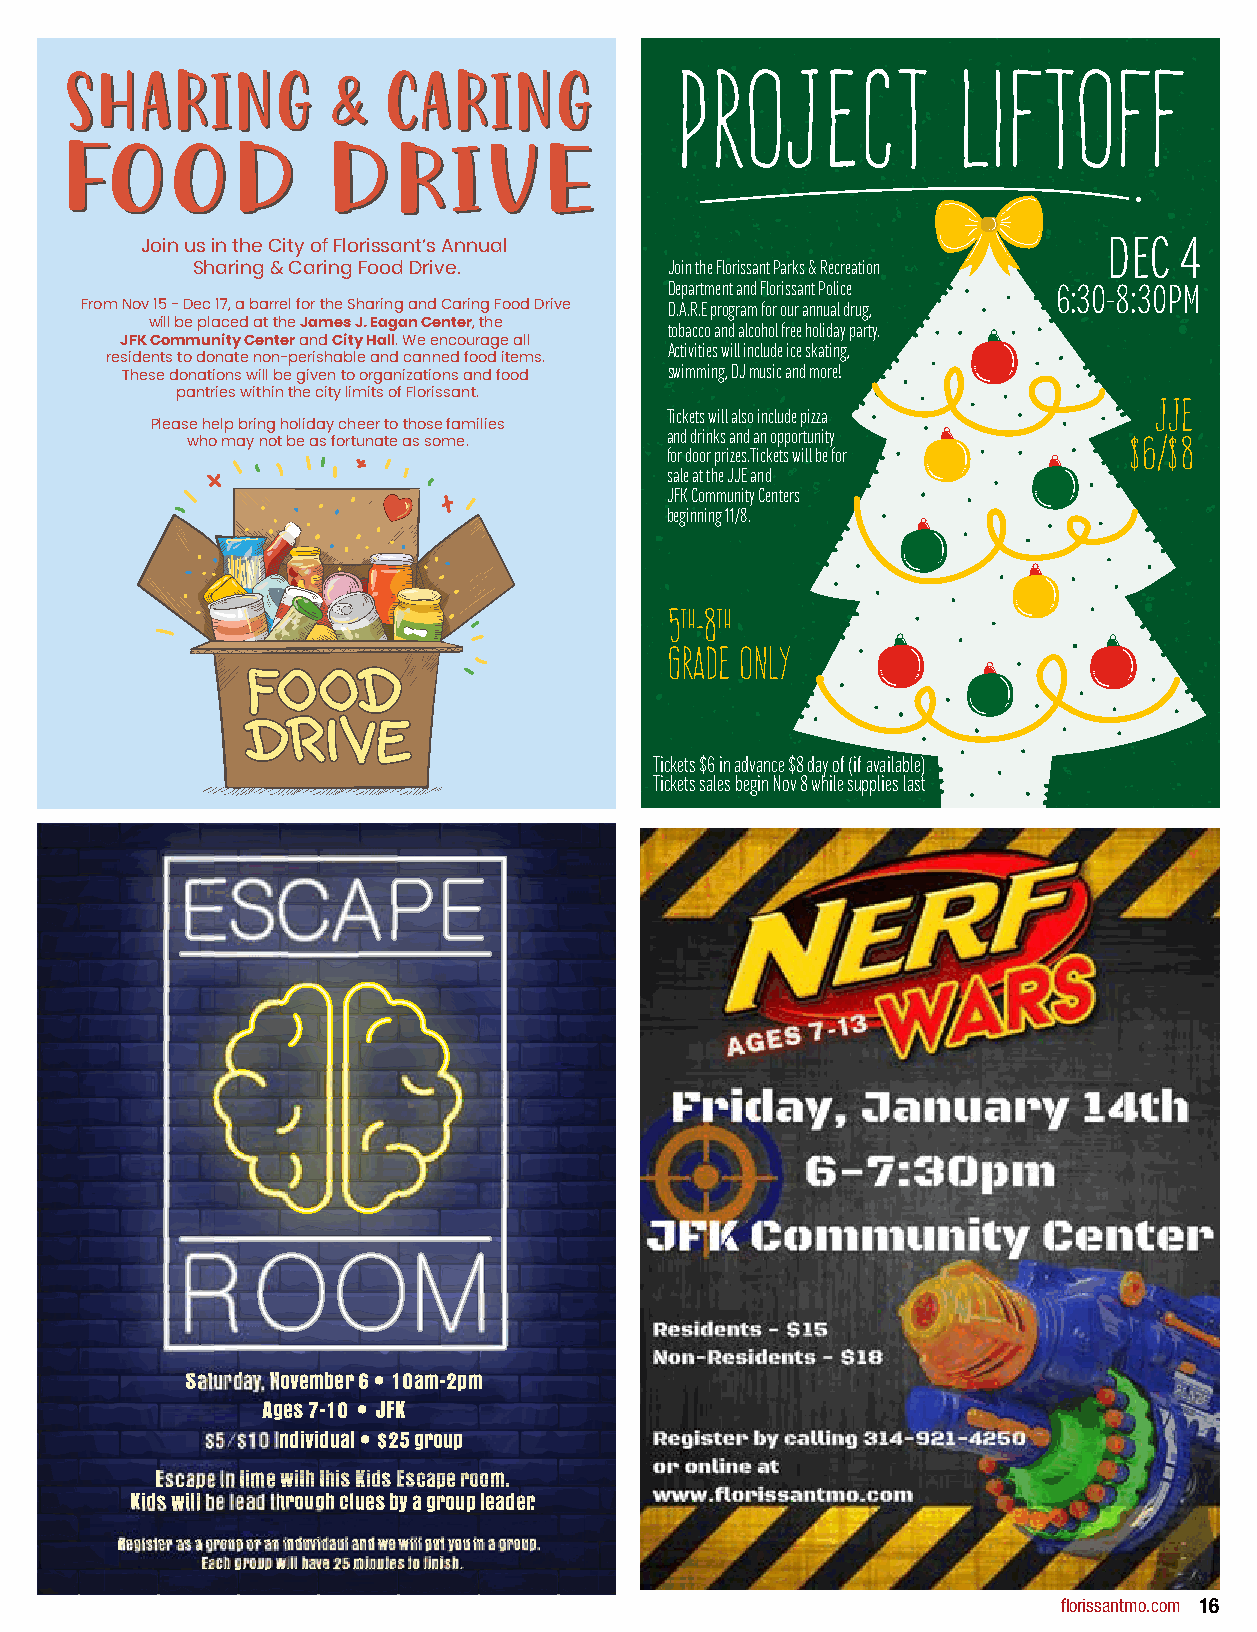
SSHHAARRIINNGG    && CCAARRIINNGG
 PROJECT           LIFTOFF
 FFOOOODD         DDRRIIVVEE
 Join us in the City of Florissant’s Annual                      DEC  4
 Sharing & Caring Food Drive.   Join the Florissant Parks & Recreation
 Department and Florissant Police 6:30-8:30PM
 From Nov 15 - Dec 17, a barrel for the Sharing and Caring Food Drive D.A.R.E program for our annual drug,
 will be placed at the James J. Eagan Center, the tobacco and alcohol free holiday party.
 JFK Community Center and City Hall. We encourage all
 Activities will include ice skating,
 residents to donate non-perishable and canned food items.
 These donations will be given to organizations and food swimming, DJ music and more!
 pantries within the city limits of Florissant.
 Jje
 Tickets will also include pizza
 Please help bring holiday cheer to those families
 who may not be as fortunate as some. and drinks and an opportunity $6/$8
 for door prizes.Tickets will be for
 sale at the JJE and
 JFK Community Centers
 beginning 11/8.
 5th-8th
 grade only
 Tickets $6 in advance $8 day of (if available)
 Tickets sales begin Nov 8 while supplies last
 Saturday, November 6 • 10am-2pm
 Ages 7-10 • JFK
 $5/$10 Individual • $25 group
 Essccaapppee iiinn ttttttttttiiiiiiimmmmmmeeeeee wwwwwwwwiiiiiiiiiiittttttttttthhhhhhhhhhhh tttttttttttttttttthhhhhhhhhhhiiiiiiiiiiiissssssssss KKKKKKKKKKKKKKiiiiiiiiiidddddddddddddssssssss EEEEEEEEEEEEEEEEEEEsssssssscccccccccaaaaaaaaappppppppppeeeeeeee rrrrrrrrooooooooooooooooooooommmmmm...
 Kids wwiiilllllll bbee lleeaadd tthhhrrrooouuuggghhh ccclllluuuueess bbyy aa ggrrrrroooouuuupppp lllleeeeaaaaddddeeeeeerrr.
 Register as a group or an induvidaul and we will put you in a group.
 Each group will have 25 minutes to finish.
 florissantmo.com 16